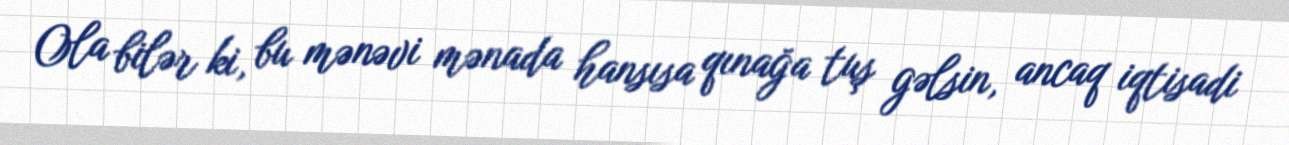
Ola bilər ki, bu mənəvi mənada hansısa qınağa tuş gəlsin, ancaq iqtisadi